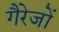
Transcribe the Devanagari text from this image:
गैरेजों